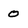
Character: O